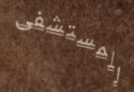
للمستشفى